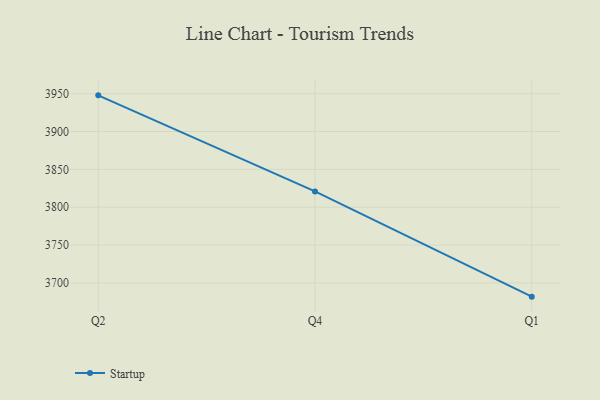
{"axis": {"x": "Quarter", "y": "Revenue (USD Million)"}, "legend": ["Startup"], "data": [{"x": "Q2", "y": 3947.8, "type": "Startup"}, {"x": "Q4", "y": 3820.9, "type": "Startup"}, {"x": "Q1", "y": 3681.8, "type": "Startup"}]}